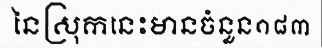
នៃស្រុកនេះមានចំនួន១៨៣